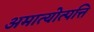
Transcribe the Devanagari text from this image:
अमात्योत्पत्ति